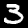
Label: 3